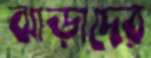
ঝাড়াদের